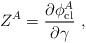
LaTeX: \begin{align*}Z^A = \frac{\partial \phi^A_{\rm cl}}{\partial \gamma}\ ,\end{align*}